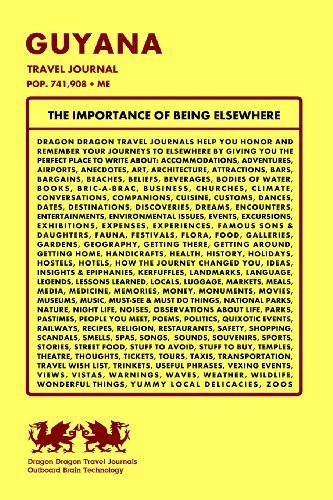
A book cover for Guyana Travel Journal, Pop. 741,908 + Me; Dragon Dragon Travel Journals; Travel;